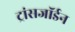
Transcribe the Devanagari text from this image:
ट्रांसजॉर्डन